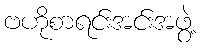
ဗဟိုစာရင်းအင်းအဖွဲ့